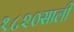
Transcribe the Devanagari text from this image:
१८२०साली